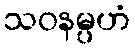
သဝနမ္ပဟံ